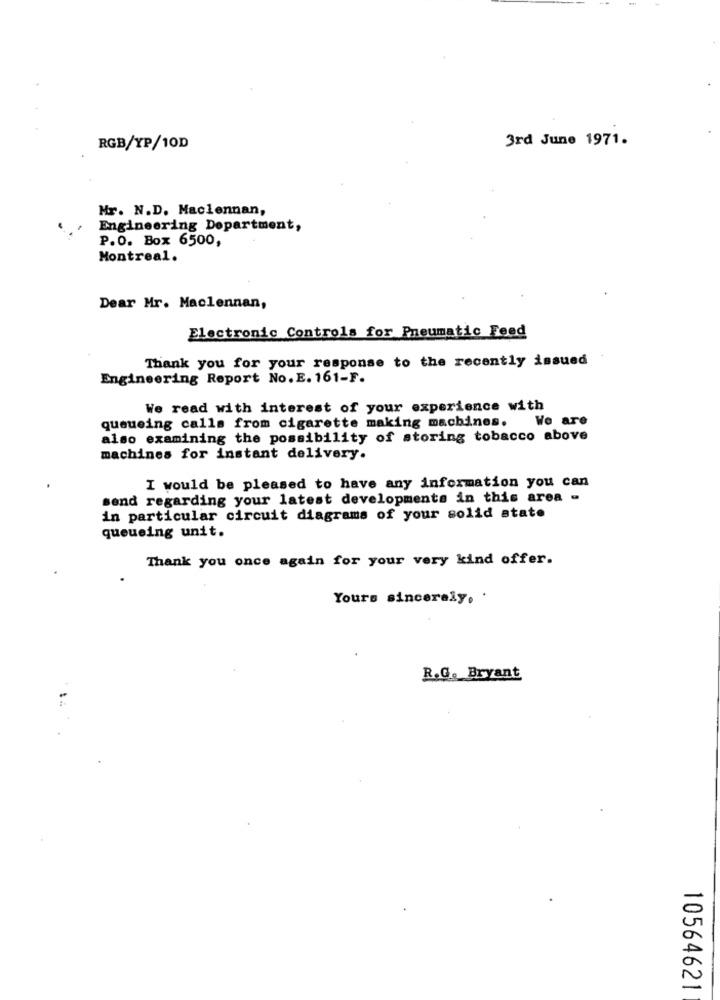
3rd June 1971.
RGB/YP/10D
Mr. N.D. Maclennan,
Engineering Department,
P.O. Box 6500,
Montreal.
Dear Mr. Maclennan,
Electronic Controls for Pneumatic Feed
Thank you for your response to the recently issued
Engineering Report No. E. 161-F.
We read with interest of your experience with
queueing calls from cigarette making machines. We are
also examining the possibility of storing tobacco above
machines for instant delivery.
I would be pleased to have any information you can
send regarding your latest developments in this area -
in particular circuit diagrams of your solid state
queueing unit.
Thank you once again for your very kind offer.
Yours sincerely, '
R.G. Bryant
10564621